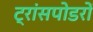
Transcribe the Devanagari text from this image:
ट्रांसपोडरों